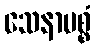
သေနာပစ္စံ